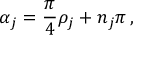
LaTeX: \alpha _ { j } = \frac { \pi } { 4 } \rho _ { j } + n _ { j } \pi \, ,